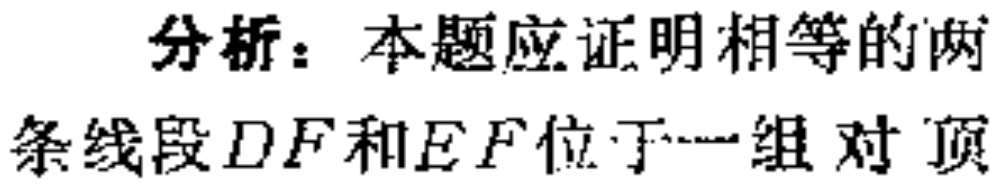
分析：本题应证明相等的两条线段\(DF\)和\(EF\)位于一组对顶